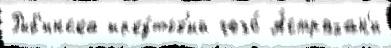
Рыб'инска ирку́тск'ий чего́ А́страхан'и